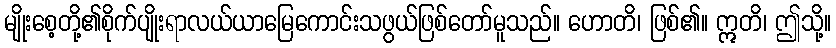
မျိုးစေ့တို့၏စိုက်ပျိုးရာလယ်ယာမြေကောင်းသဖွယ်ဖြစ်တော်မူသည်။ ဟောတိ၊ ဖြစ်၏။ ဣတိ၊ ဤသို့။